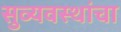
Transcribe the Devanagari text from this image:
सुव्यवस्थांचा